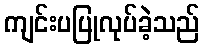
ကျင်းပပြုလုပ်ခဲ့သည်